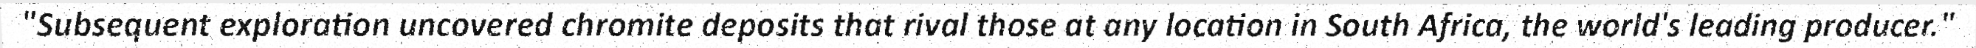
"Subsequent exploration uncovered chromite deposits that rival those at any location in South Africa, the world's leading producer."